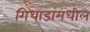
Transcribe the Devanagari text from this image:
गिधाडांमधील